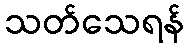
သတ်သေရန်